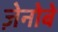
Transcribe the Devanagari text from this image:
ज़ेनोबे